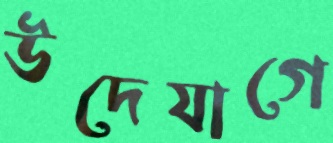
উদেযাগে